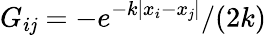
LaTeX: G_{i\mathit{j}}=-e^{-k|x_{i}-x_{\mathit{j}}|}/(2k)